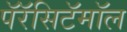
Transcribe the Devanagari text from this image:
पॅरॅसिटॅमॉल